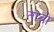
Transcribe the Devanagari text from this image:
ताबो